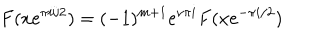
LaTeX: F ( x e ^ { \pi i / 2 } ) = ( - 1 ) ^ { m + 1 } e ^ { \nu \pi i } F ( x e ^ { - \pi i / 2 } )